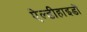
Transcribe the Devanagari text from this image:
ऐल्डीहाइडों